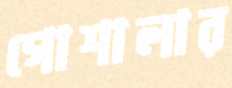
গোশালার